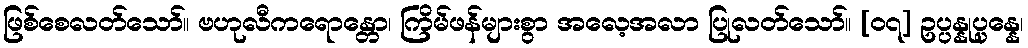
ဖြစ်စေလတ်သော်။ ဗဟုလီကရောန္တော၊ ကြိမ်ဖန်များစွာ အလေ့အလာ ပြုလတ်သော်။ [၀၇] ဥပ္ပန္နုပ္ပန္နေ၊